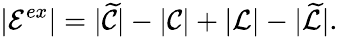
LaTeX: |\mathcal{E}^{ex}|=|\widetilde{\mathcal{C}}|-|\mathcal{C}|+|\mathcal{L}|-|\widetilde{\mathcal{L}}|.